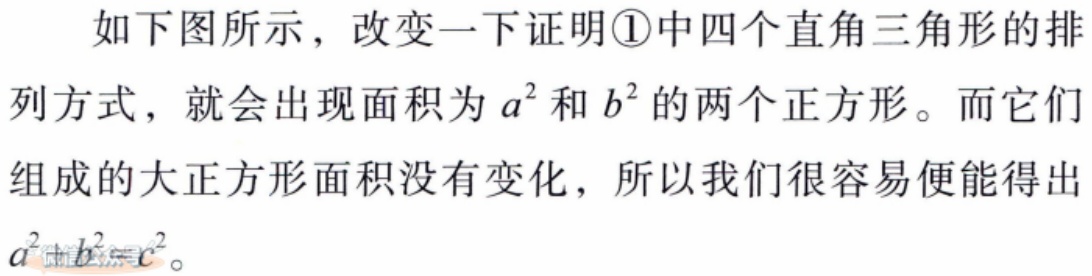
如下图所示，改变一下证明\textcircled{1}中四个直角三角形的排列方式，就会出现面积为\(a^{2}\)和\(b^{2}\)的两个正方形。而它们组成的大正方形面积没有变化，所以我们很容易便能得出\(a^{2}+b^{2}=c^{2}\)。